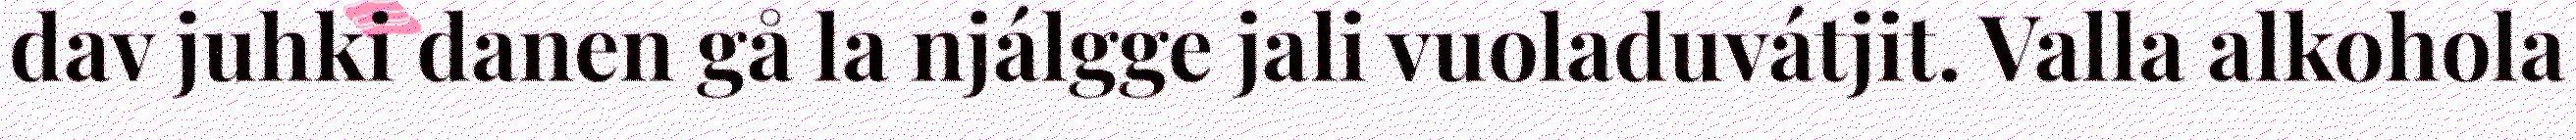
dav juhki danen gå la njálgge jali vuoladuvátjit. Valla alkohola